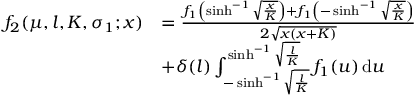
\begin{array} { r l } { f _ { 2 } ( \mu , l , K , \sigma _ { 1 } ; x ) } & { = \frac { f _ { 1 } \left( \sinh ^ { - 1 } \sqrt { \frac x K } \right) + f _ { 1 } \left( - \sinh ^ { - 1 } \sqrt { \frac x K } \right) } { 2 \sqrt { x ( x + K ) } } } \\ & { + \delta ( l ) \int _ { - \sinh ^ { - 1 } \sqrt { \frac l K } } ^ { \sinh ^ { - 1 } \sqrt { \frac l K } } f _ { 1 } ( u ) \, \mathrm d u } \end{array}